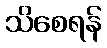
သိစေရန်